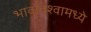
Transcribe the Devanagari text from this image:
भावविश्वामध्ये